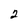
Character: 2